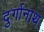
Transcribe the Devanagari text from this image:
दुर्गानाथ